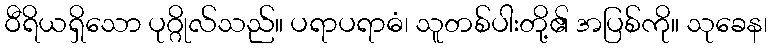
ဝီရိယရှိသော ပုဂ္ဂိုလ်သည်။ ပရာပရာဓံ၊ သူတစ်ပါးတို့၏ အပြစ်ကို။ သုခေန၊